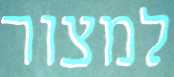
למצור